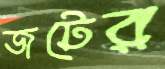
জটের